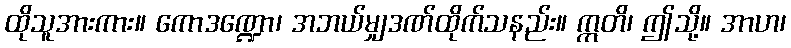
ထိုသူအားကား။ ကောဒဏ္ဍော၊ အဘယ်မျှဒဏ်ထိုက်သနည်း။ ဣတိ၊ ဤသို့။ အာဟ၊